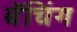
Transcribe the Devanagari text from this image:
बॅचिंग